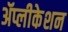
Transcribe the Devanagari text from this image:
ॲप्लीकेशन